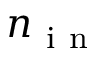
n _ { \mathrm { ~ i ~ n ~ } }